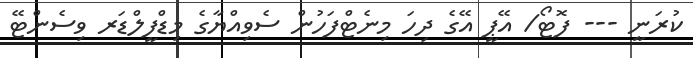
ކުރަނީ --- ފޮޓޯ/ އޭޕީ އޭގެ ދިހަ މިނެޓްފަހުން ސެވިއްޔާގެ މިޑްފީލްޑަރ ވިސެންޓޭ